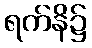
ရက်နိ၌